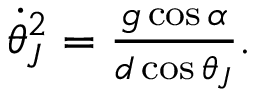
\begin{array} { r } { \dot { \theta } _ { J } ^ { 2 } = \frac { g \cos \alpha } { d \cos \theta _ { J } } . } \end{array}